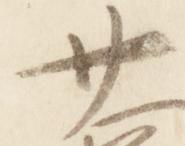
廿